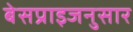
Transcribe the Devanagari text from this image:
बेसप्राइजनुसार